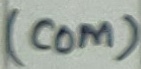
Text: (COM)